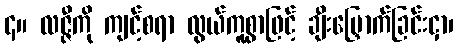
၄။ လဇ္ဇီကို ကျင့်စရာ လွယ်ကူစွာဖြင့် ချီးမြှောက်ခြင်းငှာ၊